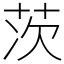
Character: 茨